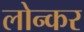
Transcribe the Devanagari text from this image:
लोन्कर